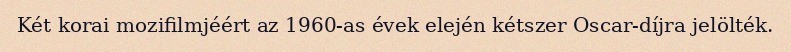
Két korai mozifilmjéért az 1960-as évek elején kétszer Oscar-díjra jelölték.